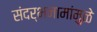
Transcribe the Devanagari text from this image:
संदर्भनामांमुळे